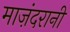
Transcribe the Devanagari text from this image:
माज़ंदरानी